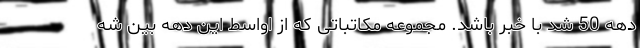
دهه 50 شد با خبر باشد. مجموعه مکاتباتی که از اواسط این دهه بین شه